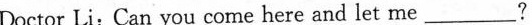
Doctor Li;Can you come here and let me_________?